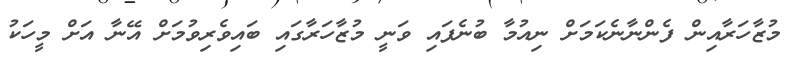
މުޒާހަރާއިން ފެންނާނެކަމަށް ނިއުމާ ބުނެފައި ވަނީ މުޒާހަރާގައި ބައިވެރިވުމަށް އޭނާ އަށް މީހަކު